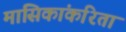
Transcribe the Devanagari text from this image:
मासिकांकरिता